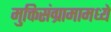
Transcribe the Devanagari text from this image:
मुक्तिसंग्रामामध्ये